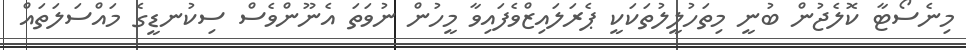
މިނެސޯޓާ ކޮލެޖުން ބުނީ މިތަހުލީލުތަކަކީ ޕެރަލައިޒްވެފައިވާ މީހުން ނުވަތަ އެނޫންވެސް ސިކުނޑީގެ މައްސަލަތައް